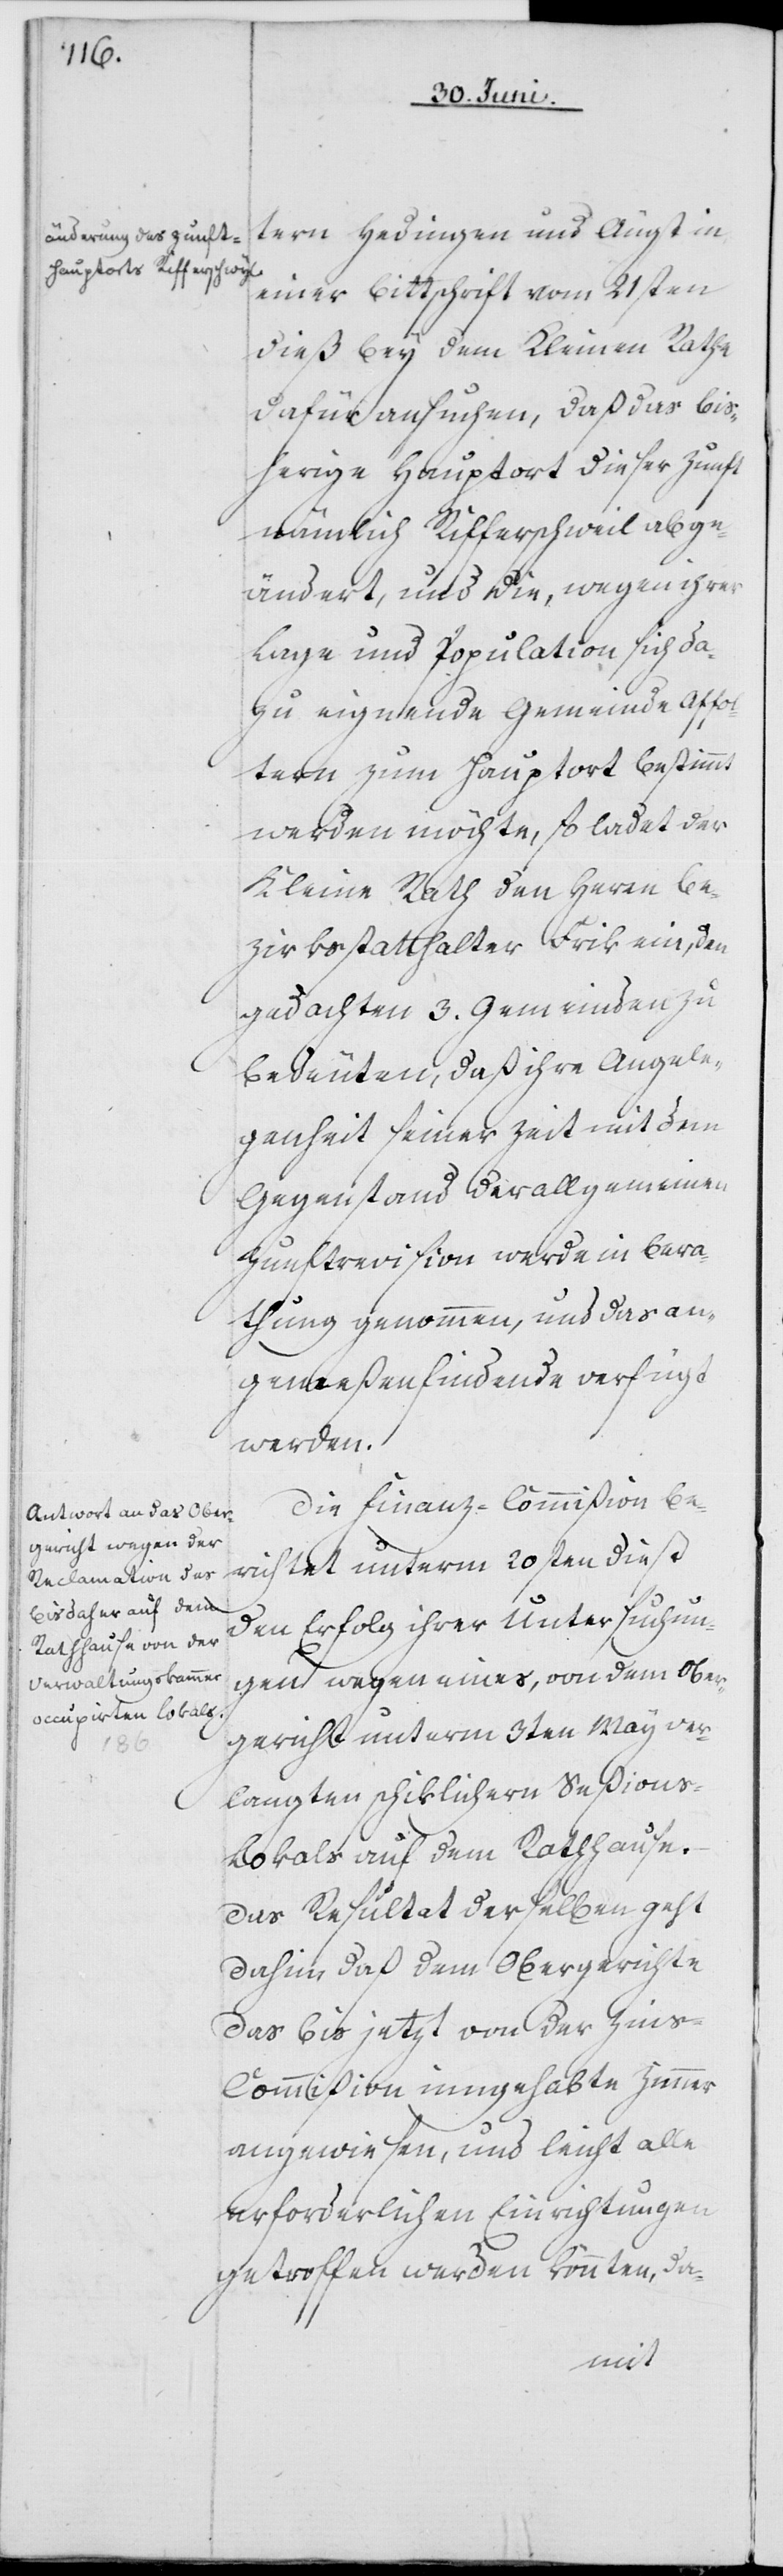
tern Hedingen und Äugst in
einer Bittschrift vom 21sten
dieß bey dem Kleinen Rathe
dafür ansuchen, daß das bis¬
herige Hauptort dieser Zunft
nämlich Rifferschweil [si¬
eändert, und die, wegen ihrer
Lage und Population sich da¬
zu eignende Gemeinde Affol¬
tern zum Hauptort bestimmt
werden möchte, so ladet der
Kleine Rath den Herrn Be¬
zirksstatthalter Frik ein, den
gedachten 3. Gemeinden zu
bedeuten, daß ihre Angele¬
genheit seiner Zeit mit dem
Gegenstand der allgemeinen
abg¬
Zunftrevision werde in Bera¬
thung genommen, und das an¬
gemeßenfindende verfügt
werden.
Die Finanz-Commißion be¬
richtet unterm 20sten dieß
den Erfolg ihrer Untersuchun¬
gen wegen eines, von dem Ober¬
gericht unterm 3ten May ver¬
langten schiklichern Seßion¬
s-Lokals auf dem Rathhause.
Das Resultat derselben geht
dahin, daß dem Obergerichte
das bis jetzt von der Zin¬
s-Commißion innegehabte Zimmer
angewiesen, und leicht alle
erforderlichen Einrichtungen
getroffen werden könnten, da-